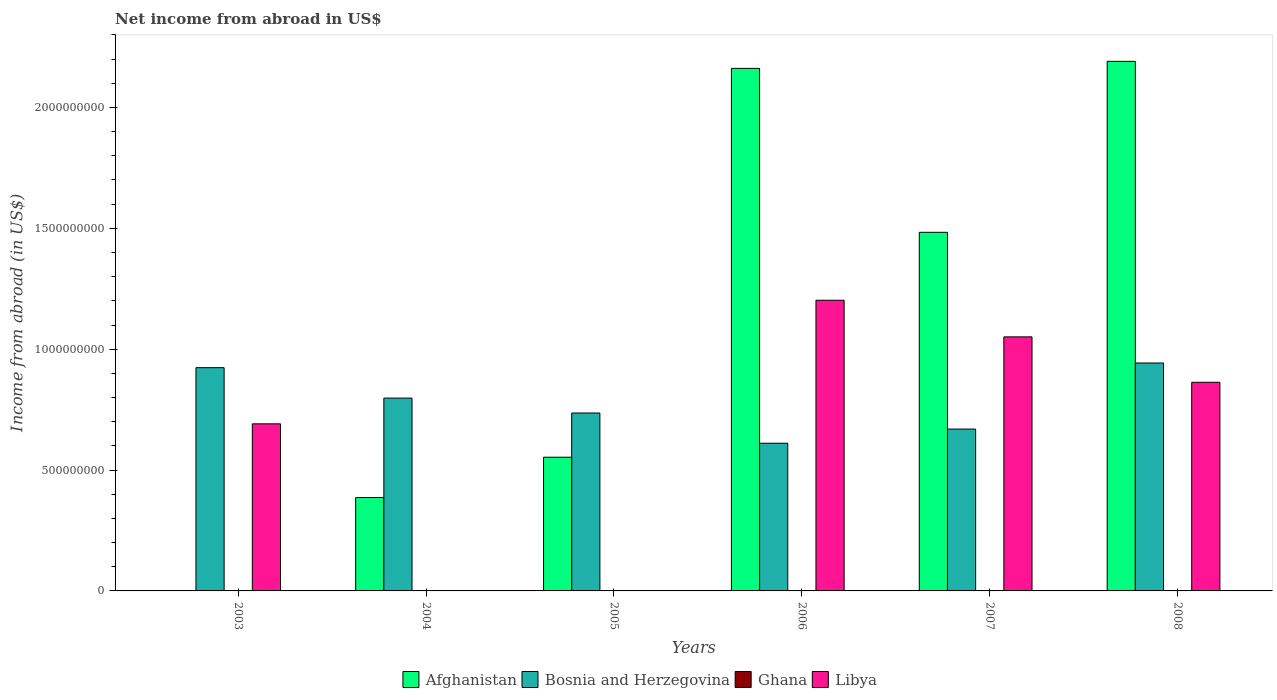
| Years | Afghanistan | Bosnia and Herzegovina | Ghana | Libya |
 | --- | --- | --- | --- | --- |
 | 2003 | -3.47e+08 | 9.24e+08 | -1.43e+08 | 6.91e+08 |
 | 2004 | 3.86e+08 | 7.98e+08 | -1.78e+08 | -3.2e+08 |
 | 2005 | 5.53e+08 | 7.36e+08 | -1.19e+08 | -3.79e+08 |
 | 2006 | 2.16e+09 | 6.11e+08 | -1.17e+08 | 1.2e+09 |
 | 2007 | 1.48e+09 | 6.7e+08 | -1.31e+08 | 1.05e+09 |
 | 2008 | 2.19e+09 | 9.43e+08 | -1.23e+08 | 8.63e+08 |